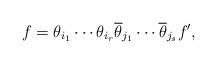
LaTeX: \begin{align*}f = \theta_{i_1} \cdots \theta_{i_r} \overline{\theta}_{j_1} \cdots \overline{\theta}_{j_s} f^\prime,\end{align*}